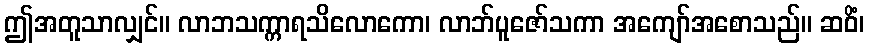
ဤအတူသာလျှင်။ လာဘသက္ကာရသိလောကော၊ လာဘ်ပူဇော်သကာ အကျော်အစောသည်။ ဆဝိံ၊